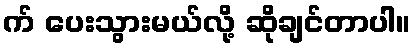
က် ပေးသွားမယ်လို့ ဆိုချင်တာပါ။